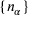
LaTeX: \{ n _ { \alpha } \}